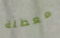
معطلة